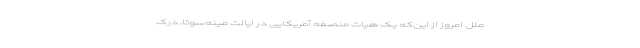
ملل امروز از این‌که یک هیات منصفه آمریکایی در ایالت مینه‌سوتا، درک